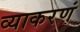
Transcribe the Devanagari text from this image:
व्याकरणं